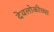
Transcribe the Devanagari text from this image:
देवलोकीच्या